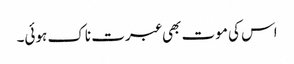
اس کی موت بھی عبرت ناک ہوئی۔